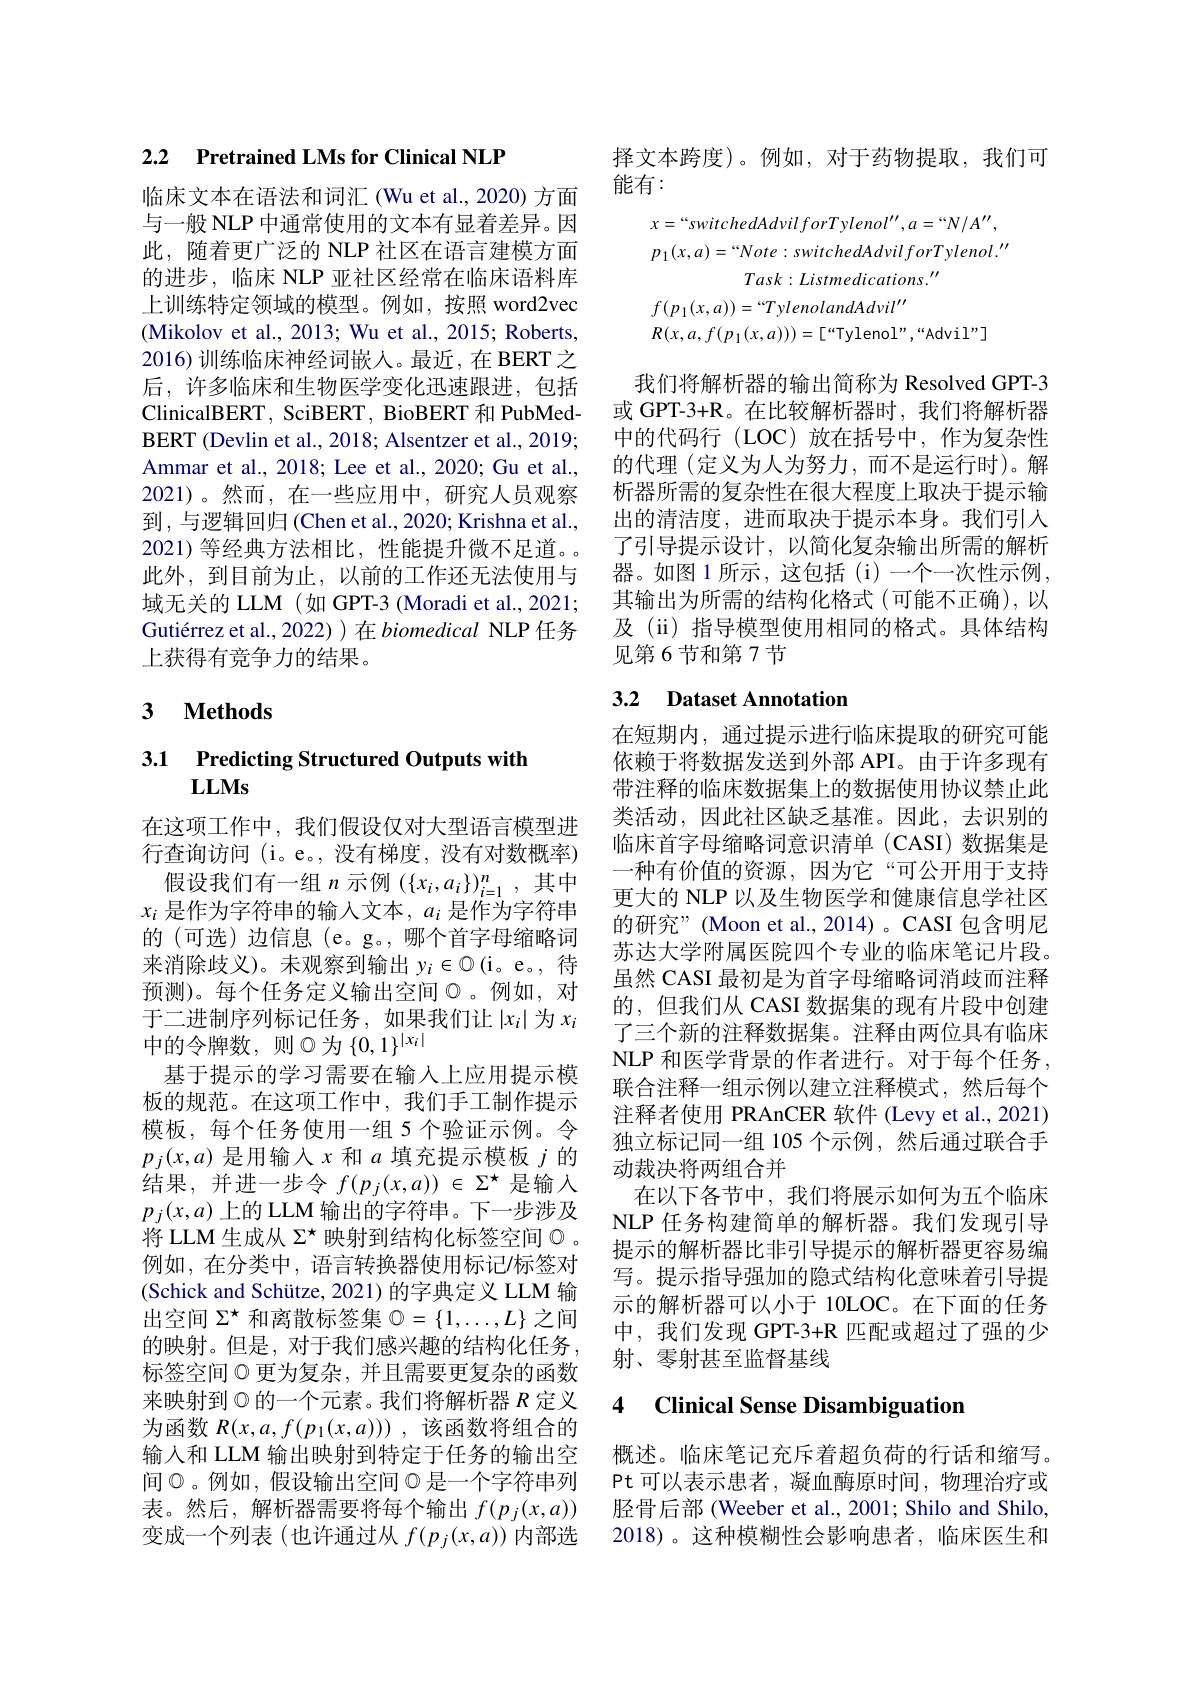
2.2 Pretrained LMs for Clinical NLP

临床文本在语法和词汇(Wu et al., 2020) 方面与一般 NLP 中通常使用的文本有显着差异。因此，随着更广泛的 NLP 社区在语言建模方面的进步，临床 NLP 亚社区经常在临床语料库上训练特定领域的模型。例如，按照 word2vec (Mikolov et al., 2013; Wu et al., 2015; Roberts, 2016)训练临床神经词嵌人。最近，在 BERT之后，许多临床和生物医学变化迅速跟进，包括ClinicalBERT, SciBERT, BioBERT 和 PubMedBERT (Devlin et al., 2018; Alsentzer et al., 2019; Ammar et al., 2018; Lee et al., 2020; Gu et al., 2021)。然而，在一些应用中，研究人员观察到，与逻辑回归(Chen et al., 2020; Krishna et al., 2021)等经典方法相比，性能提升微不足道。此外，到目前为止，以前的工作还无法使用与域无关的 LLM (如 GPT-3 (Moradi et al., 2021; Gutiérrez et al., 2022) ) 在 biomedical NLP 任务上获得有竞争力的结果。

## 3 $\textbf{Methods}$

## 3.1 Predicting Structured Outputs with LLMs

在这项工作中，我们假设仅对大型语言模型进行查询访问 (i。e。, 没有梯度，没有对数概率) 假设我们有一组$n$示例$(\{x_i,a_i\})_{i=1}^n$,其中
$x_i$ 是作为字符串的输入文本$,a_i$ 是作为字符串的 (可选)边信息 (e。g。, 哪个首字母缩略词来消除歧义)。未观察到输出$y_i\in \mathbb{O} \left ( \mathrm{i} \text{。e。, 待 }\right .$ 预测)。每个任务定义输出空间$\textcircled{\mathrm{o}}$。例如，对于二进制序列标记任务，如果我们让$\left|x_i\right|$为$x_i$ 中的令牌数，则$\otimes$为$\{0,1\}^|x_i|$
基于提示的学习需要在输入上应用提示模板的规范。在这项工作中，我们手工制作提示模板，每个任务使用一组 5 个验证示例。令$p_j(x,a)$是用输入$x$和$a$填充提示模板$j$的结果，并进一步令$f(p_j(x,a))\in\Sigma^\star$是输入$p_j(x,a)$上的 LLM 输出的字符串。下一步涉及将 LLM 生成从$\Sigma^\star$映射到结构化标签空间$\varnothing$ 。例如，在分类中，语言转换器使用标记/标签对(Schick and Schütze, 2021) 的字典定义 LLM 输出空间$\Sigma^\star$和离散标签集$\mathbb{O}=\{1,\ldots,L\}$之间的映射。但是，对于我们感兴趣的结构化任务， 标签空间$\textcircled{\text{ 更为复杂，并且需要更复杂的函数}}$ 来映射到$\varnothing$的一个元素。我们将解析器 $R$ 定义为函数$R(x,a,f(p_{1}(x,a)))$ ,该函数将组合的输入和 LLM 输出映射到特定于任务的输出空间$\textcircled{}$。例如，假设输出空间$\textcircled{}$是一个字符串列表。然后，解析器需要将每个输出$f(p_j(x,a))$ 变成一个列表 (也许通过从$f(p_j(x,a))$内部选

择文本跨度)。例如，对于药物提取，我们可
能有：
$$\begin{aligned}&x=“switchedAdvilforTylenol'',a=“N/A'',\\&p_{1}(x,a)=“Note:switchedAdvilforTylenol.''\\&Task:Listmedications.''\\&f(p_{1}(x,a))=“TylenolandAdvil''\\&R(x,a,f(p_{1}(x,a)))=[“Tyleno1”,“Advil”]\end{aligned}$$
我们将解析器的输出简称为 Resolved GPT-3或 GPT-3+R。在比较解析器时，我们将解析器中的代码行(LOC)放在括号中，作为复杂性的代理 (定义为人为努力，而不是运行时)。解析器所需的复杂性在很大程度上取决于提示输出的清洁度，进而取决于提示本身。我们引入了引导提示设计，以简化复杂输出所需的解析器。如图 1 所示，这包括 (i) 一个一次性示例， 其输出为所需的结构化格式(可能不正确),以及 (ii) 指导模型使用相同的格式。具体结构见第 6 节和第 7 节

## 3.2 Dataset Annotation

在短期内，通过提示进行临床提取的研究可能依赖于将数据发送到外部 API。由于许多现有带注释的临床数据集上的数据使用协议禁止此类活动，因此社区缺乏基准。因此，去识别的临床首字母缩略词意识清单(CASI)数据集是一种有价值的资源，因为它“可公开用于支持更大的 NLP 以及生物医学和健康信息学社区的研究”(Moon et al.,2014)。CASI 包含明尼苏达大学附属医院四个专业的临床笔记片段。虽然 CASI 最初是为首字母缩略词消歧而注释的，但我们从 CASI 数据集的现有片段中创建了三个新的注释数据集。注释由两位具有临床NLP 和医学背景的作者进行。对于每个任务， 联合注释一组示例以建立注释模式，然后每个注释者使用 PRAnCER 软件 (Levy et al., 2021) 独立标记同一组 105 个示例，然后通过联合手动裁决将两组合并
在以下各节中，我们将展示如何为五个临床NLP 任务构建简单的解析器。我们发现引导提示的解析器比非引导提示的解析器更容易编写。提示指导强加的隐式结构化意味着引导提示的解析器可以小于 10LOC。在下面的任务中，我们发现 GPT-3+R 匹配或超过了强的少射、零射甚至监督基线

## 4 Clinical Sense Disambiguation

概述。临床笔记充斥着超负荷的行话和缩写。Pt 可以表示患者，凝血酶原时间，物理治疗或胫骨后部 (Weeber et al., 2001; Shilo and Shilo, 2018)。这种模糊性会影响患者，临床医生和